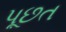
પૂછત